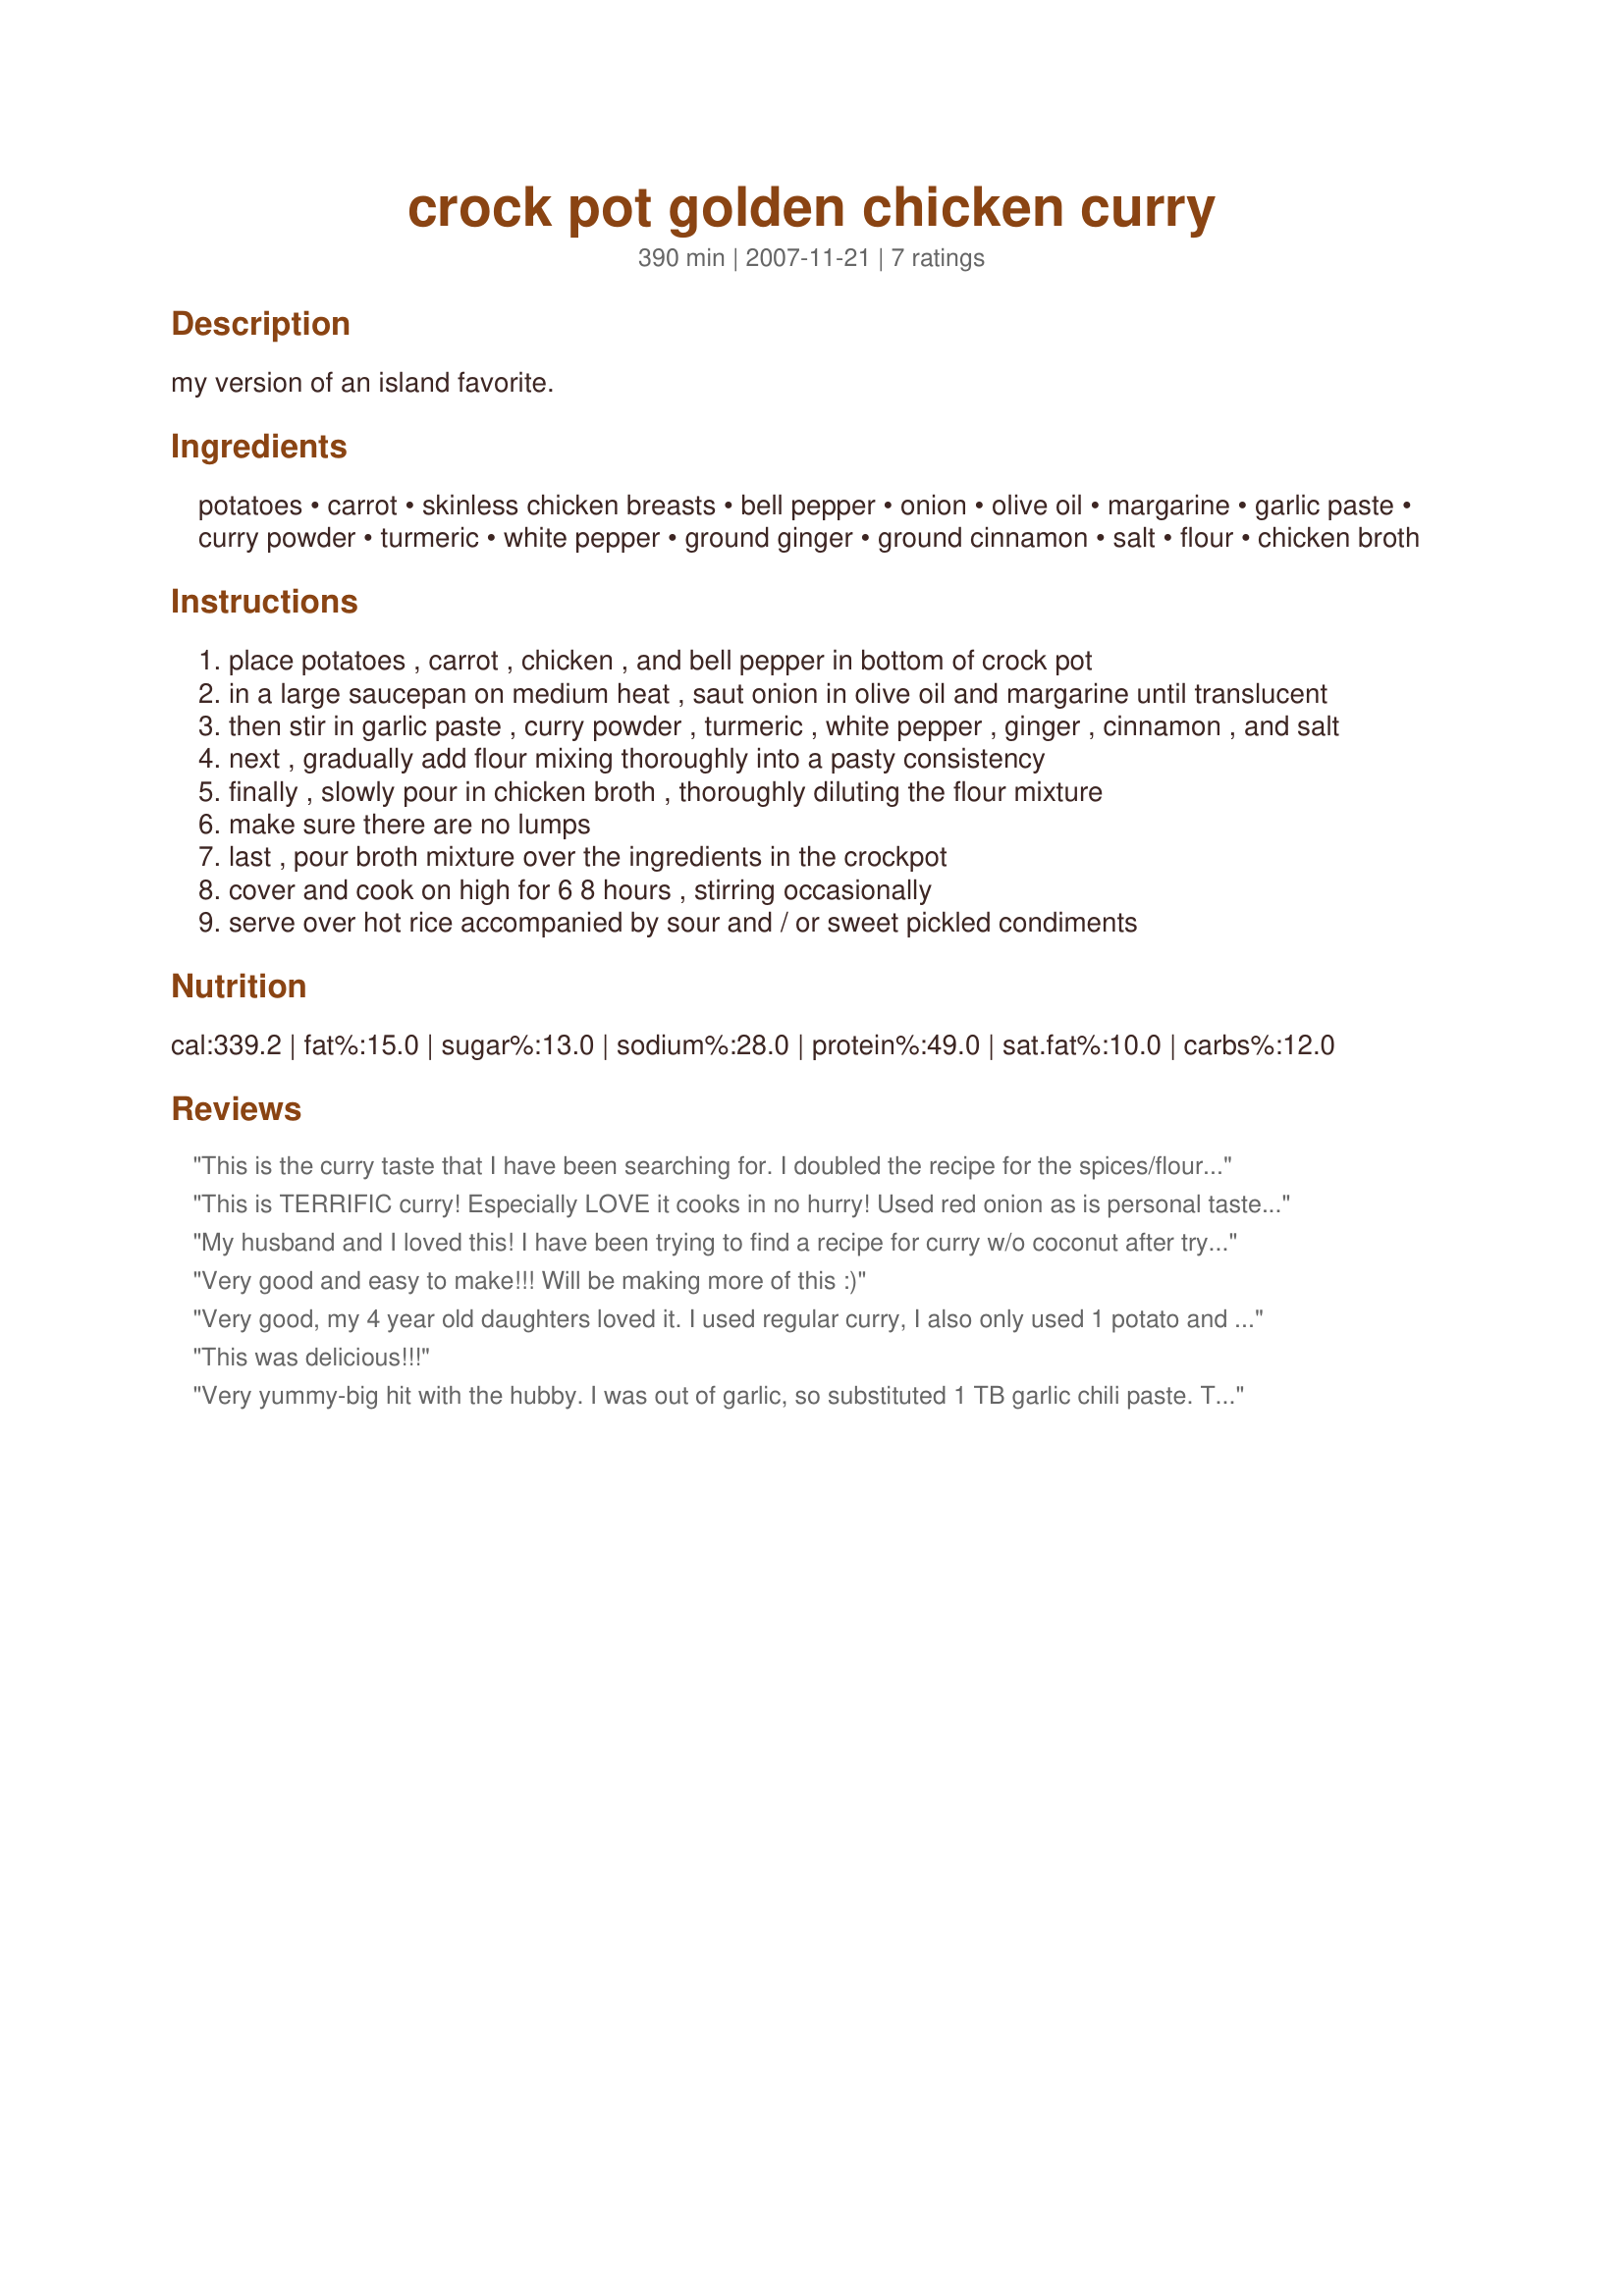
crock pot golden chicken curry
Preparation time: 390 minutes

my version of an island favorite.

Ingredients:
potatoes, carrot, skinless chicken breasts, bell pepper, onion, olive oil, margarine, garlic paste, curry powder, turmeric, white pepper, ground ginger, ground cinnamon, salt, flour, chicken broth

Steps:
place potatoes , carrot , chicken , and bell pepper in bottom of crock pot
in a large saucepan on medium heat , saut onion in olive oil and margarine until translucent
then stir in garlic paste , curry powder , turmeric , white pepper , ginger , cinnamon , and salt
next , gradually add flour mixing thoroughly into a pasty consistency
finally , slowly pour in chicken broth , thoroughly diluting the flour mixture
make sure there are no lumps
last , pour broth mixture over the ingredients in the crockpot
cover and cook on high for 6 8 hours , stirring occasionally
serve over hot rice accompanied by sour and / or sweet pickled condiments

Reviews:
This is the curry taste that I have been searching for. I doubled the recipe for the spices/flour/stock and went crazy with just vegetables, no meat. The hardest part was making the sort of roux (spice/onion/garlic mix with flour) then adding the stock slowly to thin out with no lumps. Turned out awesome and well worth the time. When I was done pouring the sauce over the vegetables in the crock pot, I took some sliced bread and CLEANED out the pot. This curry gravy was so good I ate about a half loaf of bread with the drippings. So Good! Will make this again and live off it! I am hoping my 12-16 servings lasts me the week. ;)
This is TERRIFIC curry!
Especially LOVE it cooks in no hurry!
Used red onion as is personal taste, true!
Left out oil, marg and used spray oil too!
Not many recipes without coconut milk are this delish!
You answered my curry craving wish!
THANKS!
My husband and I loved this! I have been trying to find a recipe for curry w/o coconut after trying my friend Leia's authentic Indian chicken curry. She doesn't have a recipe and this one is pretty darn close to the right flavor and very easy as well. I did not use margarine, I forgot to add the onions into the saucepan and had already put them in the crockpot before I realized my mistake and I only had to cook it 4 hours. My kids said it was too spicy even though my curry powder was not at all. My husband and I just added hot pepper sauce.
Very good and easy to make!!! Will be making more of this :)
Very good, my 4 year old daughters loved it. I used regular curry, I also only used 1 potato and added a little sugar, celery, more carrots and ketchup. I cooked it for less than 4 hours and it turned out very good. Thank you very much
This was delicious!!!
Very yummy-big hit with the hubby. I was out of garlic, so substituted 1 TB garlic chili paste. This one is a keeper. Pretty spicy, at least the way I made it. It needed quite a bit of salt and black pepper.
